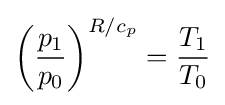
\left({\frac {p_{1}}{p_{0}}}\right)^{R/c_{p}}={\frac {T_{1}}{T_{0}}}